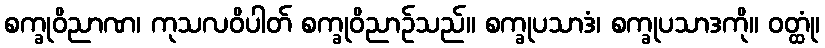
စက္ခုဝိညာဏ၊ ကုသလဝိပါတ် စက္ခုဝိညာဉ်သည်။ စက္ခုပသာဒံ၊ စက္ခုပသာဒကို။ ဝတ္ထုံ၊